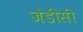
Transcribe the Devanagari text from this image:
जेडीसी